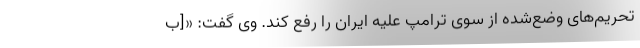
تحریم‌های وضع‌شده از سوی ترامپ علیه ایران را رفع کند. وی گفت: «[ب